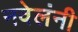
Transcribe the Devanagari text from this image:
नवेलंनी